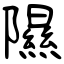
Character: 隰